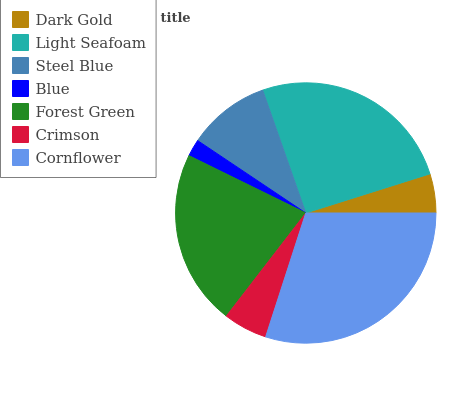
| Dark Gold | Light Seafoam | Steel Blue | Blue | Forest Green | Crimson | Cornflower |
 | --- | --- | --- | --- | --- | --- | --- |
 | 4.86% | 25.5% | 10.3% | 2.13% | 21.8% | 5.48% | 30% |